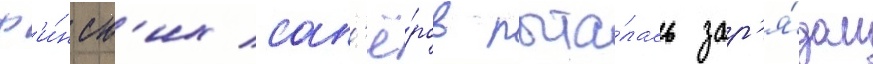
ф'и́нск'их сап'ё́ров пыта́лась зар'я́дом